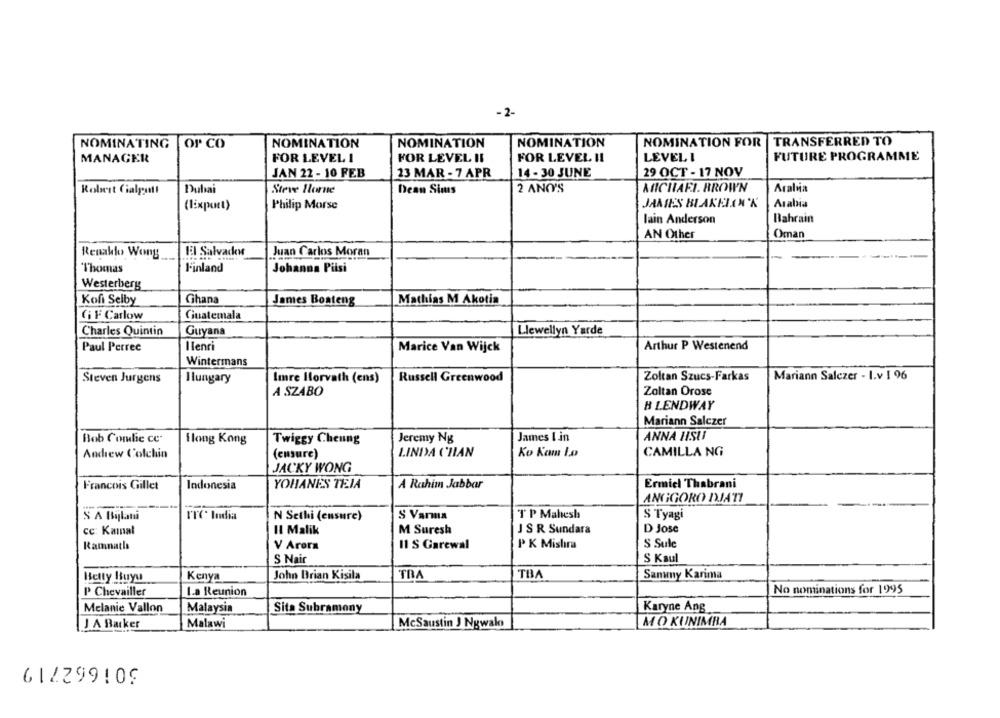
-2-
NOMINATION
NOMINATION
NOMINATION
NOMINATION FOR
TRANSFERRED TO
NOMINATING OP CO
MANAGER
FOR LEVEL I
FOR LEVEL IL
LEVEL I
FUTURE PROGRAMME
FOR LEVEL II
29 OCT - 17 NOV
JAN 22 - 10 FEB
23 MAR - 7 APR
14 - 30 JUNE
Robert Cialpatt
Dubai
Steve Horne
Dean Sims
2 ANO'S
MICHAFI. BROWN
Aralia
(lixputt)
Philip Morse
JAMES BLAKELINK
Arabia
lain Anderson
Bahrain
AN Other
Oman
El Salvador
Juan Carlos Moran
Renakto Wong
Thomas
Finland
Johanna Pilsi
Westerberg
Kofi Selby
Ghana
James Boateng
Mathias M Akotia
GIF Carlow
Guatemala
Charles Quintin
Guyana
Llewellyn Yarde
Paul Perree
Ilenri
Marice Van Wijck
Arthur P Westenend
Wintermans
Steven Jurgens
Hungary
Imre Horvath (ens)
Russell Greenwood
Zoltan Szucs-Farkas
Mariann Salczer - I.v 1 96
A SZABO
Zoltan Orosc
BLENDWAY
Mariann Salczer
James I in
ANNA HSUI
Bob Cordie ce-
Hong Kong
Twiggy Cheung
Jeremy Ng
LINDA CHAN
CAMILLA NG
Andrew Colchin
(ensure)
Ko Kam Lo
JACKY WONG
Francois Gillet
Indonesia
YOHANES TEIA
A Rahim Jabbar
Ermiel Thabrani
ANGGORO DJATI
S A Bylatu
ITC India
N Sethi (ensure)
S Varma
T P Mahesh
S Tyagi
Cc: Kamal
Il Malik
M Suresh
J SR Sundara
D Jose
Rammatlı
V Arora
11 S Garewal
P K Mishra
S Sule
S Nair
S Kaul
John Brian Kisila
TRA
TBA
Sanwmy Karima
Betty Buyu
Kenya
P Chevailler
La Reunion
No nominations for 1995
Melanie Vallon
Malaysia
Sita Subramony
Karyne Ang
J A Barker
Malawi
McSaustin J Ngwalo
MO KUNIMBA
612299109